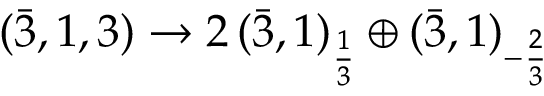
( { \bar { 3 } } , 1 , 3 ) \rightarrow 2 \, ( { \bar { 3 } } , 1 ) _ { \frac { 1 } { 3 } } \oplus ( { \bar { 3 } } , 1 ) _ { - { \frac { 2 } { 3 } } }